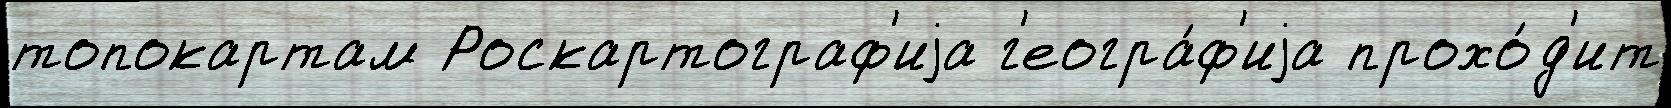
топокартам Роскартограф'иjа г'еогра́ф'иjа прохо́д'ит